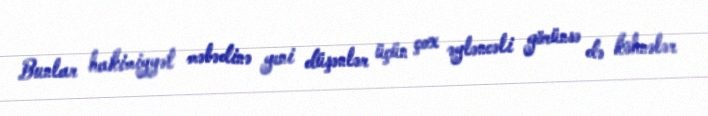
Bunlar hakimiyyət məbədinə yeni düşənlər üçün çox əyləncəli görünsə də köhnələr